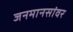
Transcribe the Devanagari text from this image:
जनमानसांवर